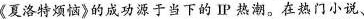
《夏洛特烦恼》的成功源于当下的 PP热潮。在热门小说